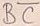
Text: BC